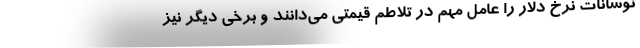
نوسانات نرخ دلار را عامل مهم در تلاطم قیمتی می‌دانند و برخی دیگر نیز